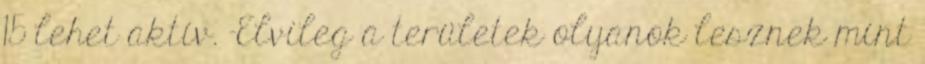
15 lehet aktív. -Elvileg a területek olyanok lesznek mint